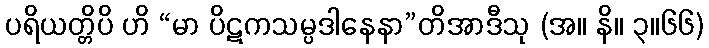
ပရိယတ္တိပိ ဟိ “မာ ပိဋကသမ္ပဒါနေနာ”တိအာဒီသု (အ။ နိ။ ၃။၆၆)